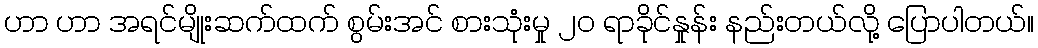
ဟာ ဟာ အရင်မျိုးဆက်ထက် စွမ်းအင် စားသုံးမှု ၂၀ ရာခိုင်နှုန်း နည်းတယ်လို့ ပြောပါတယ်။